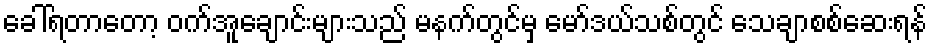
ခေါ်ရတာတော့ ဝက်အူချောင်းများသည် မနက်တွင်မှ မော်ဒယ်သစ်တွင် သေချာစစ်ဆေးရန်